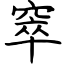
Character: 窣